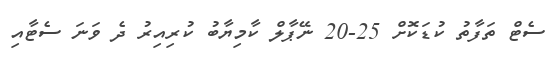
ސެޓް ތަފާތު ކުޑަކޮށް 25-20 ނޭޕާލް ކާމިޔާބު ކުރިއިރު ދެ ވަނަ ސެޓާއި